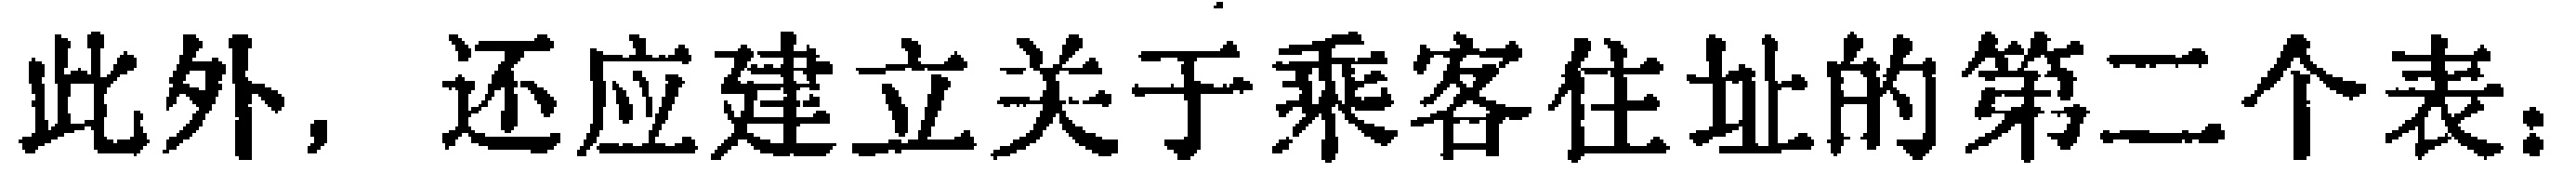
此外，还应建立关于乘客住址的第二个表。